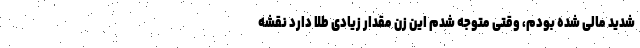
شدید مالی شده بودم، وقتی متوجه شدم این زن مقدار زیادی طلا دارد نقشه